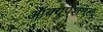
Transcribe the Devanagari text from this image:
ऑक्युपेशनल